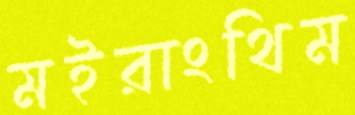
মইরাংথিম